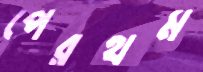
পেরথম